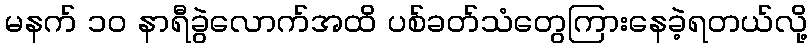
မနက် ၁၀ နာရီခွဲလောက်အထိ ပစ်ခတ်သံတွေကြားနေခဲ့ရတယ်လို့